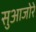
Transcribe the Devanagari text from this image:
सुआजोरे